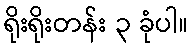
ရိုးရိုးတန်း ၃ ခုံပါ။